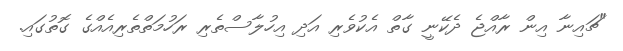
"ޗައިނާ އިން ރާއްޖެ ދެކޭނީ ގާތް އެކުވެރި އަދި އިހުލާސްތެރި ރަހުމަތްތެރިއެއްގެ ގޮތުގައި.